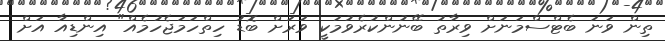
ތިން ވަނަ ބެޓްސްމަނަށް ވިރާތު ބޭނުންކުރެވުމަކީ ވަރަށް ބޮޑު ހިތްހަމަޖެހުމެއް" އިންޑިއާ އަށް